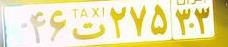
۴۶ت۲۷۵۳۳